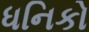
ધનિકો